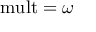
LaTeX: { \mathrm { m u l t } } = \omega